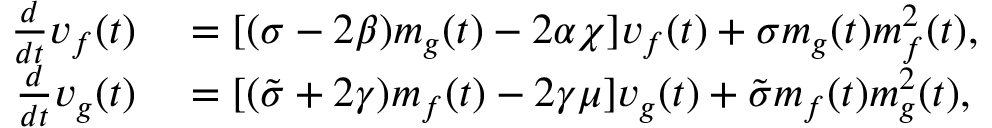
\begin{array} { r l } { \frac { d } { d t } v _ { f } ( t ) } & { { } = [ ( \sigma - 2 \beta ) m _ { g } ( t ) - 2 \alpha \chi ] v _ { f } ( t ) + \sigma m _ { g } ( t ) m _ { f } ^ { 2 } ( t ) , } \\ { \frac { d } { d t } v _ { g } ( t ) } & { { } = [ ( \tilde { \sigma } + 2 \gamma ) m _ { f } ( t ) - 2 \gamma \mu ] v _ { g } ( t ) + \tilde { \sigma } m _ { f } ( t ) m _ { g } ^ { 2 } ( t ) , } \end{array}